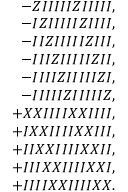
\begin{array} { r l r } & { } & { - Z I I I I I Z I I I I I , } \\ & { } & { - I Z I I I I I Z I I I I , } \\ & { } & { - I I Z I I I I I Z I I I , } \\ & { } & { - I I I Z I I I I I Z I I , } \\ & { } & { - I I I I Z I I I I I Z I , } \\ & { } & { - I I I I I Z I I I I I Z , } \\ & { } & { + X X I I I I X X I I I I , } \\ & { } & { + I X X I I I I X X I I I , } \\ & { } & { + I I X X I I I I X X I I , } \\ & { } & { + I I I X X I I I I X X I , } \\ & { } & { + I I I I X X I I I I X X . } \end{array}